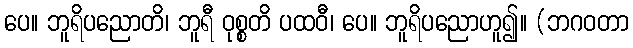
ပေ။ ဘူရိပညောတိ၊ ဘူရီ ဝုစ္စတိ ပထဝီ၊ ပေ။ ဘူရိပညောဟူ၍။ (ဘဂဝတာ